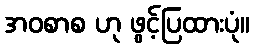
အဝစာစ ဟု ဖွင့်ပြထားပုံ။